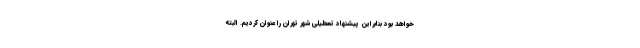
خواهد بود بنابراین پیشنهاد تعطیلی شهر تهران را عنوان کردیم. البته